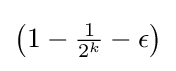
\textstyle \left(1-{\frac {1}{2^{k}}}-\epsilon \right)